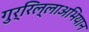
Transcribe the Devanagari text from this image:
गुर्रिल्लाअभियान